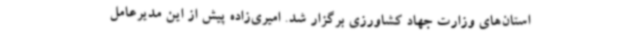
استان‌های وزارت جهاد کشاورزی برگزار شد. امیری‌زاده پیش از این مدیرعامل